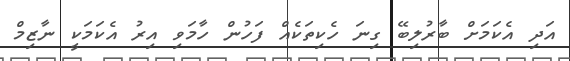
އަދި އެކަމަށް ބާާރުލިބޭ ގިނަ ހެކިތަކެއް ފަހުން ހާމަވި އިރު އެކަމަކީ ނާޒިމް